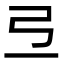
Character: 弖